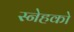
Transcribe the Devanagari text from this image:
स्नेहको